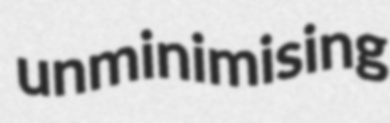
unminimising